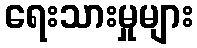
ရေးသားမှုများ